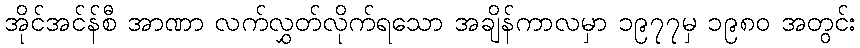
အိုင်အင်န်စီ အာဏာ လက်လွှတ်လိုက်ရသော အချိန်ကာလမှာ ၁၉၇၇မှ ၁၉၈၀ အတွင်း